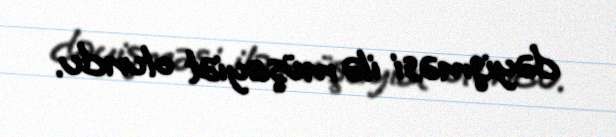
dəyişməsi ilə müşayiət olundu.